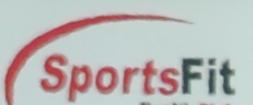
sportsfit